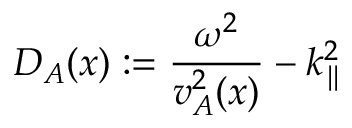
D _ { A } ( x ) : = \frac { \omega ^ { 2 } } { v _ { A } ^ { 2 } ( x ) } - k _ { \parallel } ^ { 2 }